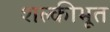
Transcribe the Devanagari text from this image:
शल्कीभूत